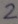
Text: 2